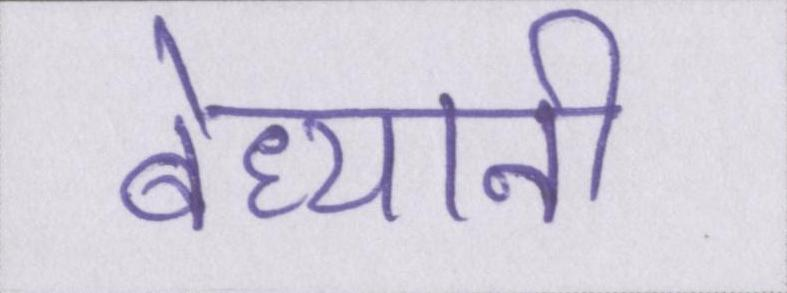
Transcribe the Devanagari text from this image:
बेध्यानी